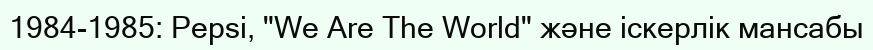
1984-1985: Pepsi, "We Are The World" және іскерлік мансабы